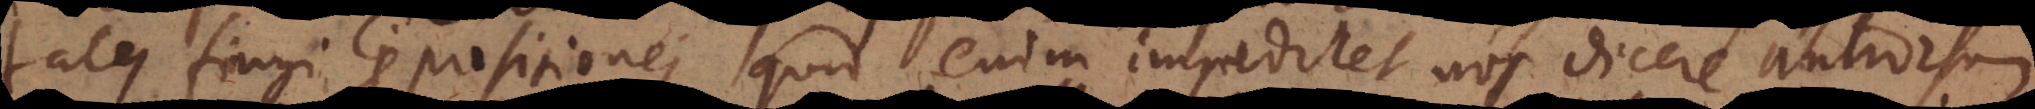
tales fingi praepositiones, quid enim impediret nos dicere antrorsum